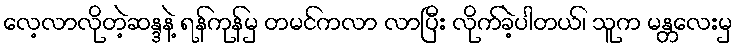
လေ့လာလိုတဲ့ဆန္ဒနဲ့ ရန်ကုန်မှ တမင်ကလာ လာပြီး လိုက်ခဲ့ပါတယ်၊ သူက မန္တလေးမှ